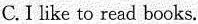
C.I like to read books.